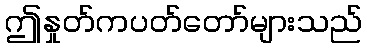
ဤနှုတ်ကပတ်တော်များသည်